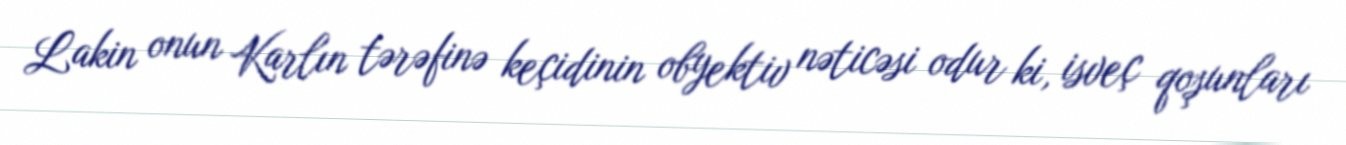
Lakin onun Karlın tərəfinə keçidinin obyektiv nəticəsi odur ki, isveç qoşunları